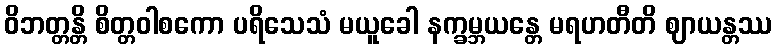
ဝိဘတ္တန္တိ စိတ္တဝါစကော ပရိသေသံ မယူခေါ နက္ခမ္ဘယန္တေ မရဟတီတိ ဈာယန္တဿ